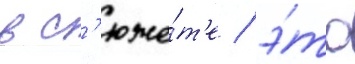
в с'юже́т'е / э́то